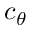
c _ { \theta }